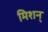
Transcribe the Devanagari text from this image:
मिशन्‌